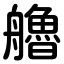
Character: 艪